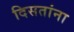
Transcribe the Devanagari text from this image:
दिसतांना